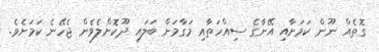
ގޮތެއް ނޫން ކަމަށާއި އޭނާގެ ސިއްހަތާއި މަގާމަށް ބަލައި ދޫކޮށްލެވެން ޖެހޭނެ ކަމަށެވެ.